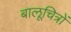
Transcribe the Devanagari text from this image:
बालूचित्रों